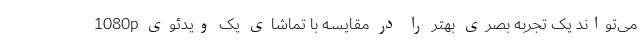
می‌تواند یک تجربه بصری بهتر را در مقایسه با تماشای یک ویدئوی 1080p